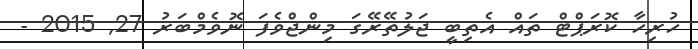
ހުރިހާ ކޮރަޕްޓް ތައް އެތިބީ ޖަލުތޭރޭގަ މިންޖްވެފަ ނޮވެމްބަރު 27